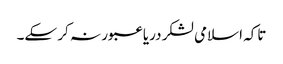
تاکہ اسلامی لشکر دریا عبور نہ کر سکے۔